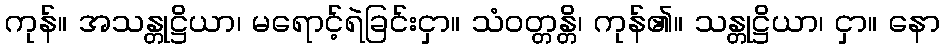
ကုန်။ အသန္တုဋ္ဌိယာ၊ မရောင့်ရဲခြင်းငှာ။ သံဝတ္တန္တိ၊ ကုန်၏။ သန္တုဋ္ဌိယာ၊ ငှာ။ နော